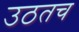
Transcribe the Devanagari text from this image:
उठतच